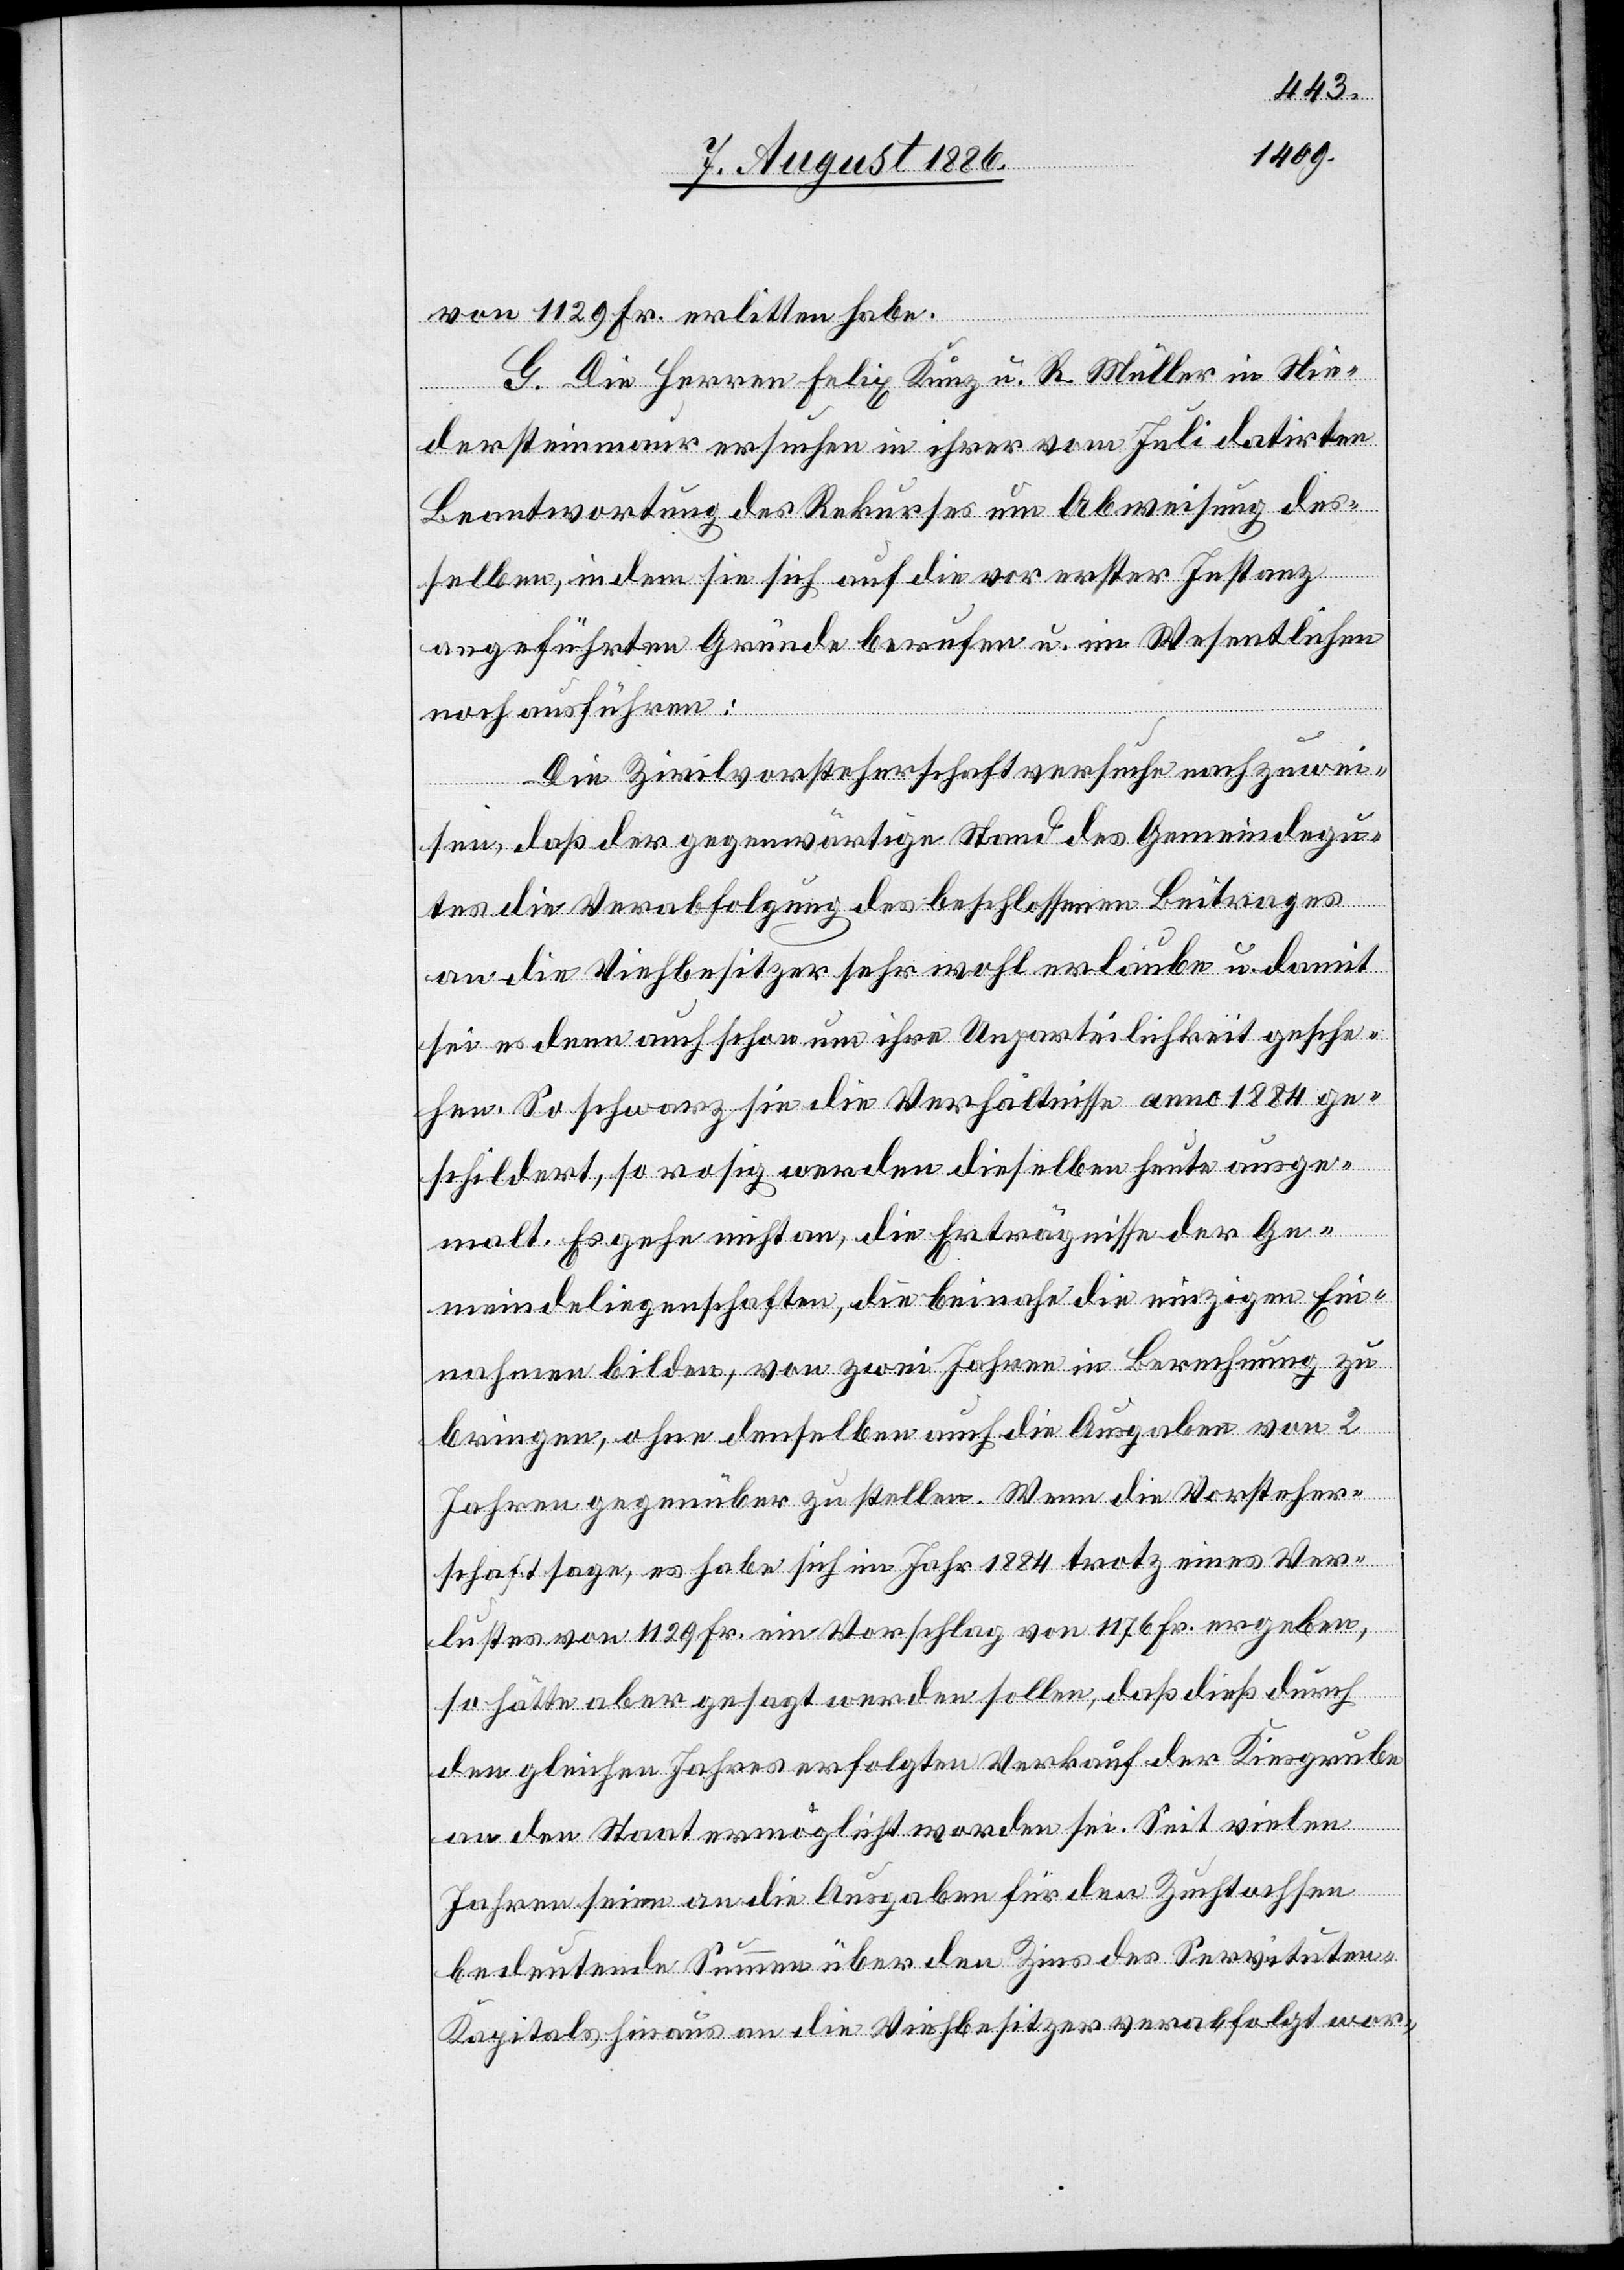
von 1129 Fr. erlitten habe.
G. Die Herren Felix Kunz u. R. Müller in Nie¬
dersteinmaur ersuchen in ihrer vom Juli datirten
Beantwortung des Rekurses um Abweisung des¬
selben, in dem sie sich auf die vor erster Instanz
angeführten Gründe berufen u. im Wesentlichen
noch ausführen:
Die Zivilvorsteherschaft versuche nachzuwei¬
sen, daß der gegenwärtige Stand des Gemeindegu¬
tes die Verabfolgung des beschlossenen Beitrages
an die Viehbesitzer sehr wohl erlaube u. damit
sei es dann auch schon um ihre Unparteilichkeit gesche¬
hen. So schwarz sie die Verhältnisse anno 1884 ge¬
schildert, so rosig werden dieselben heute ausge¬
malt. Es gehe nicht an, die Erträgnisse der Ge¬
meindeliegenschaften, die beinahe die einzigen Ein¬
nahmen bilden, von zwei Jahren in Berechnung zu
bringen, ohne denselben auch die Ausgaben von 2
Jahren gegenüber zu stellen. Wenn die Vorsteher¬
schaft sage, es habe sich im Jahr 1884 trotz eines Ver¬
lustes von 1129 Fr. ein Vorschlag von 1176 Fr. ergeben,
so hätte aber gesagt werden sollen, das dieß durch
den gleichen Jahres erfolgten Verkauf der Kiesgrube
an den Staat ermöglicht worden sei. Seit vielen
Jahren seien an die Ausgaben für den Zuchtochsen
bedeutende Summen über den Zins des Servituten-K¬
apitals hinaus an die Viehbesitzer verabfolgt wor-